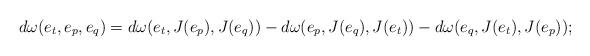
LaTeX: \begin{align*}d\omega(e_t,e_p,e_q)=d\omega(e_t,J(e_p),J(e_q))-d\omega(e_p,J(e_q),J(e_t))-d\omega(e_q,J(e_t),J(e_p));\end{align*}